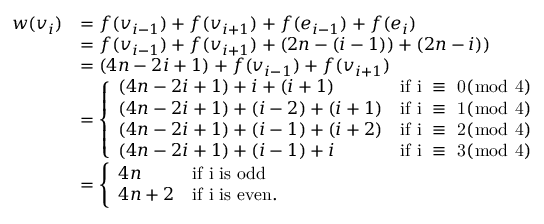
\begin{array} { r l } { w ( v _ { i } ) } & { = f ( v _ { i - 1 } ) + f ( v _ { i + 1 } ) + f ( e _ { i - 1 } ) + f ( e _ { i } ) } \\ & { = f ( v _ { i - 1 } ) + f ( v _ { i + 1 } ) + ( 2 n - ( i - 1 ) ) + ( 2 n - i ) ) } \\ & { = ( 4 n - 2 i + 1 ) + f ( v _ { i - 1 } ) + f ( v _ { i + 1 } ) } \\ & { = \left\{ \begin{array} { l l } { ( 4 n - 2 i + 1 ) + i + ( i + 1 ) } & { \mathrm { i f ~ i ~ \equiv ~ 0 ( \bmod ~ 4 ) ~ } } \\ { ( 4 n - 2 i + 1 ) + ( i - 2 ) + ( i + 1 ) } & { \mathrm { i f ~ i ~ \equiv ~ 1 ( \bmod ~ 4 ) ~ } } \\ { ( 4 n - 2 i + 1 ) + ( i - 1 ) + ( i + 2 ) } & { \mathrm { i f ~ i ~ \equiv ~ 2 ( \bmod ~ 4 ) ~ } } \\ { ( 4 n - 2 i + 1 ) + ( i - 1 ) + i } & { \mathrm { i f ~ i ~ \equiv ~ 3 ( \bmod ~ 4 ) ~ } } \end{array} \right. } \\ & { = \left\{ \begin{array} { l l } { 4 n } & { \mathrm { i f ~ i ~ i s ~ o d d } } \\ { 4 n + 2 } & { \mathrm { i f ~ i ~ i s ~ e v e n } . } \end{array} \right. } \end{array}